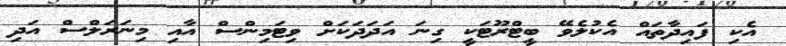
އެކި ފައިދާތައް އެކުލެވޭ ބީޓްރޫޓަކީ ގިނަ އަދަދަކަށް ވިޓަމިންސް އާއި މިނަރަލްސް އަދި